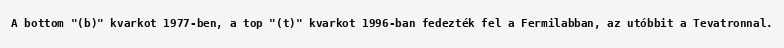
A bottom "(b)" kvarkot 1977-ben, a top "(t)" kvarkot 1996-ban fedezték fel a Fermilabban, az utóbbit a Tevatronnal.